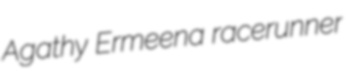
Agathy Ermeena racerunner